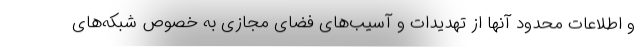
و اطلاعات محدود آنها از تهدیدات و آسیب‌های فضای مجازی به خصوص شبکه‌های